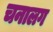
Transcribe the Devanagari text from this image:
चनालग